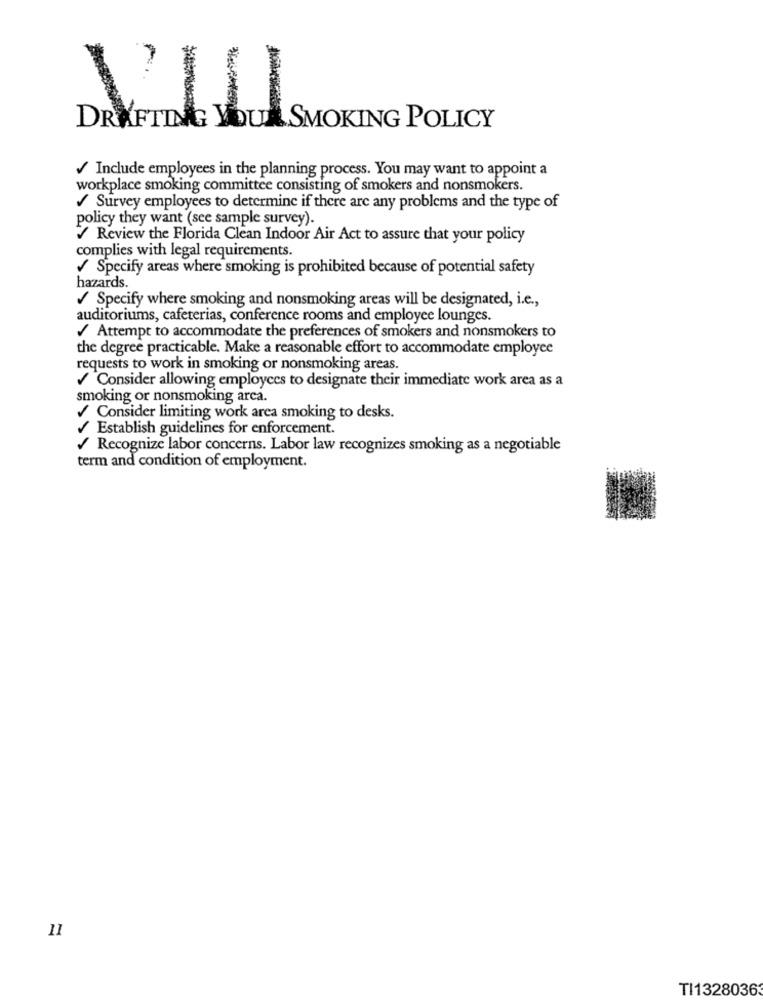
DRAFTING YOUR SMOKING POLICY
/ Include employees in the planning process. You may want to appoint a
workplace smoking committee consisting of smokers and nonsmokers.
/ Survey employees to determine if there are any problems and the type of
policy they want (see sample survey).
/ Review the Florida Clean Indoor Air Act to assure that your policy
complies with legal requirements.
Specify areas where smoking is prohibited because of potential safety
hazards.
/ Specify where smoking and nonsmoking areas will be designated, i.e .,
auditoriums, cafeterias, conference rooms and employee lounges.
/ Attempt to accommodate the preferences of smokers and nonsmokers to
the degree practicable. Make a reasonable effort to accommodate employee
requests to work in smoking or nonsmoking areas.
/ Consider allowing employees to designate their immediate work area as a
smoking or nonsmoking arca.
/ Consider limiting work area smoking to desks.
/ Establish guidelines for enforcement.
/ Recognize labor concerns. Labor law recognizes smoking as a negotiable
term and condition of employment.
11
TI13280363